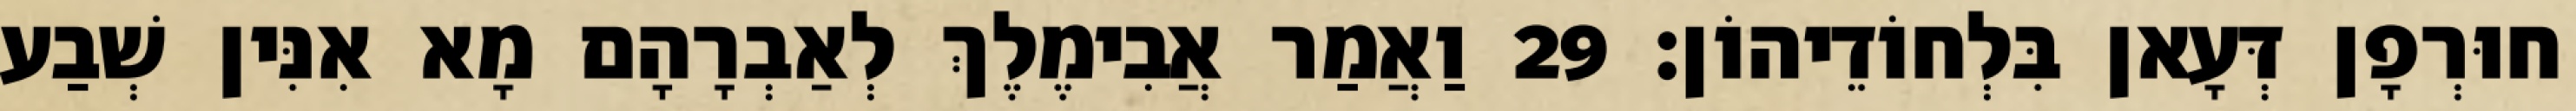
חוּרְפָן דְּעָאן בִּלְחוֹדֵיהוֹן׃ 29 וַאֲמַר אֲבִימֶלֶךְ לְאַבְרָהָם מָא אִנִּין שְׁבַע